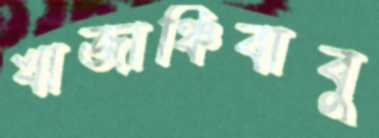
খাজাঞ্চিবাবু